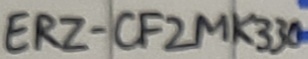
Text: ERZ-CF2MK330